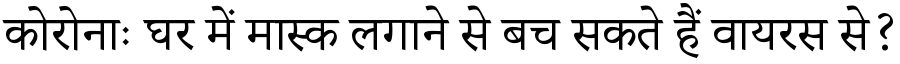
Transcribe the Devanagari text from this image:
कोरोनाः घर में मास्क लगाने से बच सकते हैं वायरस से?